Medical and sanitary report of the native army of Madras for the year
Year: 1876
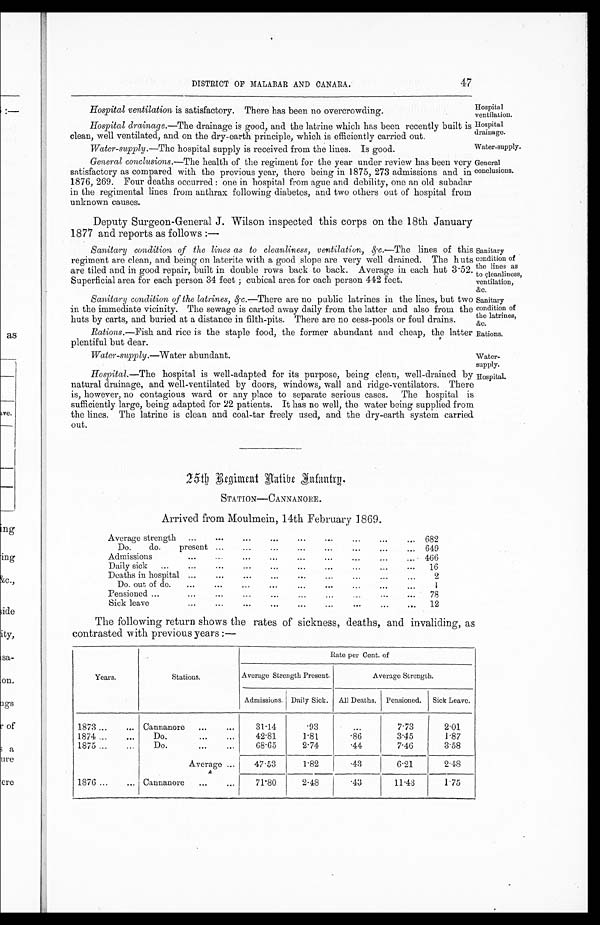
Sanitary
condition of
the lines as
to cleanliness,
ventilation,
&c.
Sanitary
condition of
the latrines,
&c.
Rations.
Water-supply. —Water abundant.
Water-
supply.
DISTRICT OF MALABAR AND CANARA.
47
Hospital
ventilation.
Hospital ventilation is satisfactory. There has been no overcrowding.
Hospital
drainage.
Hospital drainage. —The drainage is good, and the latrine which has been recently built is
clean, well ventilated, and on the dry-earth principle, which is efficiently carried out.
Water-supply.
Water-supply. —The hospital supply is received from the lines. Is good.
General conclusions. —The health of the regiment for the year under review has been very
satisfactory as compared with the previous year, there being in 1875, 273 admissions and in
1876, 269. Four deaths occurred : one in hospital from ague and debility, one an old subadar
in the regimental lines from anthrax following diabetes, and two others out of hospital from
unknown causes.
Deputy Surgeon-General J. Wilson inspected this corps on the 18th January
1877 and reports as follows :—
General
conclusions.
Sanitary condition of the lines as to cleanliness, ventilation, &c.— T h e
l i n e s o f t h i s
regiment are clean, and being on laterite with a good slope are very well drained. The huts
are tiled and in good repair, built in double rows back to back. Average in each hut 3.52.
Superficial area for each person 34 feet; cubical area for each person 442 feet.
Sanitary condition of the latrines, &c. —There are no public latrines in the lines, but two
in the immediate vicinity. The sewage is carted away daily from the latter and also from the
huts by carts, and buried at a distance in filth-pits. There are no cess-pools or foul drains.
Rations. —Fish and rice is the staple food, the former abundant and cheap, the latter
plentiful but dear.
Hospital. —The hospital is well-adapted for its purpose, being clean, well-drained by
natural drainage, and well-ventilated by doors, windows, wall and ridge-ventilators. There
is, however, no contagious ward or any place to separate serious cases. The hospital is
sufficiently large, being adapted for 22 patients. It has no well, the water being supplied from
the lines. The latrine is clean and coal-tar freely used, and the dry-earth system carried
out.
Hospital.
2 5 t h R e g i m e n t N a t i v e I n f a n t r y .
STATION—CANNANORE.
Arrived from Moulmein, 14th February 1869.
Average strength
...
...
...
...
...
...
...
...
... 682
Do .
do.
present ...
...
...
...
...
...
...
... 649
Admissions
...
...
...
...
...
...
...
...
... 466
Daily sick
...
...
...
...
...
...
...
...
...
...
16
Deaths in hospital ...
...
...
...
...
...
...
...
2
Do. out of do.
...
...
...
...
...
...
...
...
...
1
Pensioned ...
...
...
...
...
...
78
Sick leave
...
...
...
...
...
...
...
...
...
12
The following return shows the rates of sickness, deaths, and invaliding, as
contrasted with previous years :—
Years.
Stations.
Rate per Cent. of
Average Strength Present.
Average Strength.
Admissions. Daily Sick. All Deaths. Pensioned.
Sick Leave.
1873 ...
... Cannanore
...
...
31.14
. 9 3
...
7.73
2.01
1874...
...
Do.
...
...
42.81
1.81
.86
3.45
1.87
1875 ...
...
Do.
...
...
68.65
2.74
.44
7.46
3.58
Average ...
47.53
1.82
.43
6.21
2.48
1876 ...
... Cannanore
...
. . .
71.80
2.48
.43
11.43
1.75